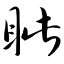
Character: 眦